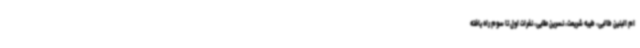
ام البنین طالبی، طیبه شریعت، نسرین ملایی، نفرات اول تا سوم راه یافته